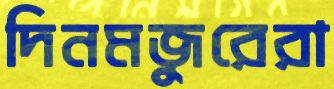
দিনমজুরেরা